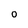
Character: o